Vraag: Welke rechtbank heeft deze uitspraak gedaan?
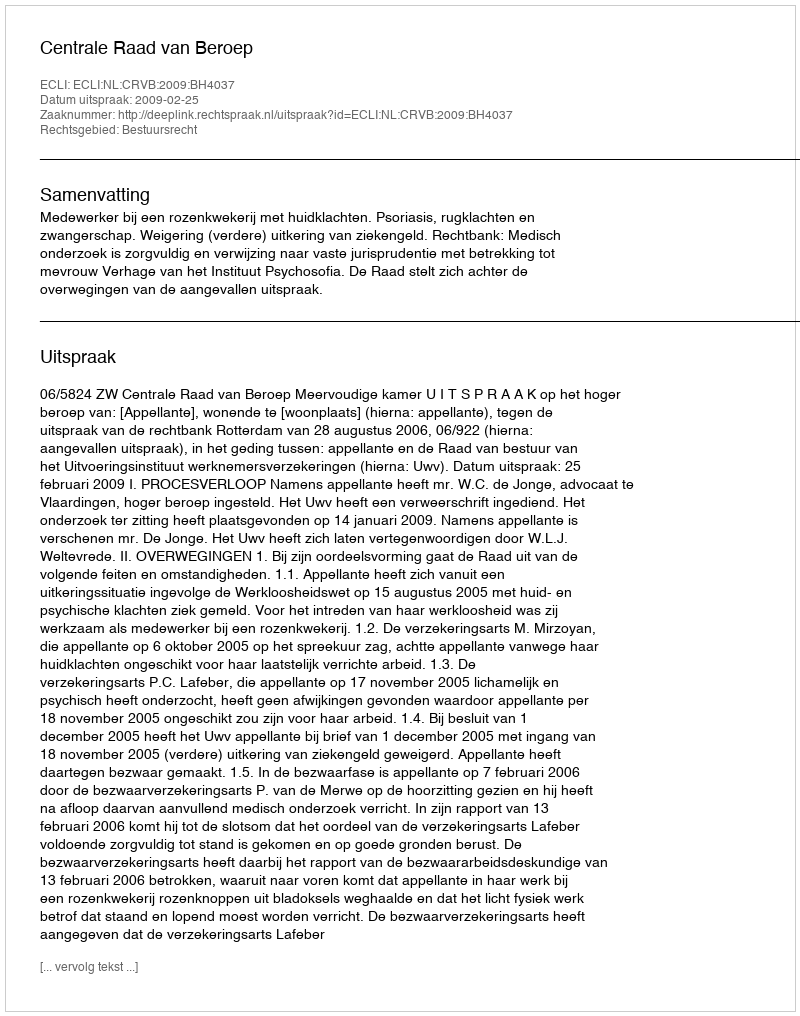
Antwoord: Centrale Raad van Beroep